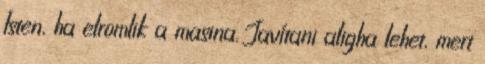
Isten, ha elromlik a masina. Javítani aligha lehet, mert